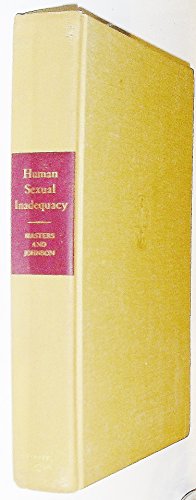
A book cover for Human Sexual Inadequacy; William H. Masters; Health, Fitness & Dieting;